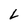
Character: L